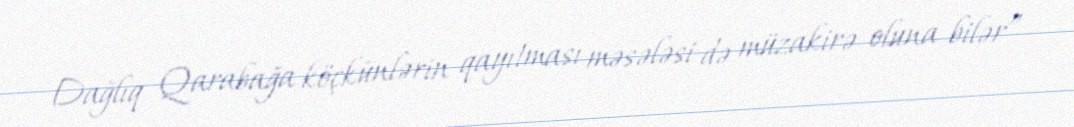
Dağlıq Qarabağa köçkünlərin qayıtması məsələsi də müzakirə oluna bilər”